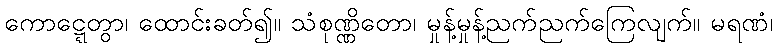
ကောဋ္ဋေတွာ၊ ထောင်းခတ်၍။ သံစုဏ္ဏိတော၊ မှုန့်မှုန့်ညက်ညက်ကြေလျက်။ မရဏံ၊